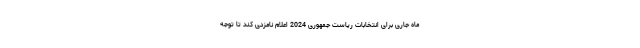
ماه جاری برای انتخابات ریاست جمهوری 2024 اعلام نامزدی کند تا توجه